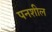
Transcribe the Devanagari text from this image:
पनशील